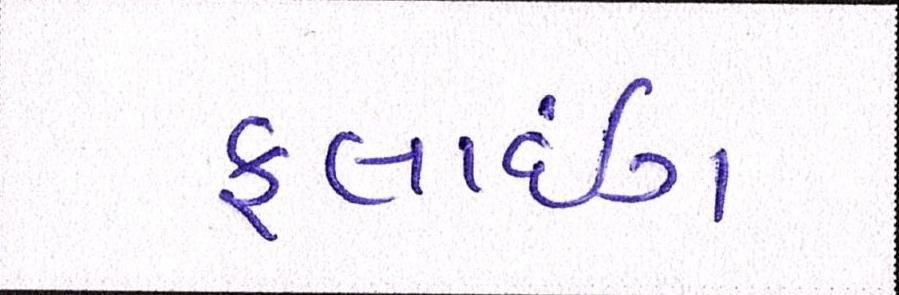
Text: ફ્લાઇંગ